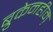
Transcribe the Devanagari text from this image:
ब्रुकेनहीम़